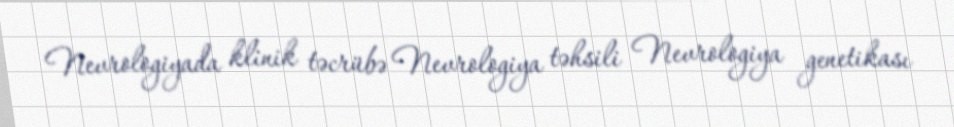
Nevrologiyada klinik təcrübə Nevrologiya təhsili Nevrologiya genetikası